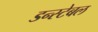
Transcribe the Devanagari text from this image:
डन्स्टेबल